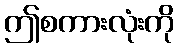
ဤစကားလုံးကို